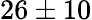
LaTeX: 26\pm 10